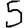
Digit: 5